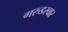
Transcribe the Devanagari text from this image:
गरुडस्वार